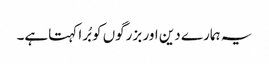
یہ ہمارے دین اور بزرگوں کو بُرا کہتاہے۔